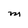
Character: M